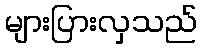
များပြားလှသည်